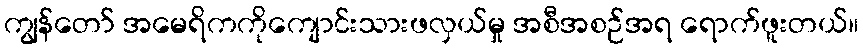
ကျွန်တော် အမေရိကကိုကျောင်းသားဖလှယ်မှု အစီအစဉ်အရ ရောက်ဖူးတယ်။